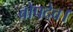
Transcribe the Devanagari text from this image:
बोपदेव।